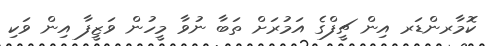
ކޮމާރންޑަރ އިން ޗީފްގެ އަމުރަށް ތަބާ ނުވާ މީހުން ވަޒީފާ އިން ވަކި